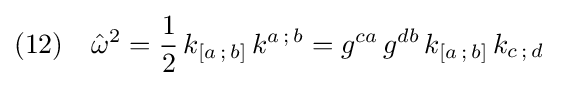
(12)\quad {\hat {\omega }}^{2}={\frac {1}{2}}\,k_{[a\,;\,b]}\,k^{a\,;\,b}=g^{ca}\,g^{db}\,k_{[a\,;\,b]}\,k_{c\,;\,d}\;